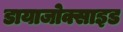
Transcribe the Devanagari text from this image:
डायाजोक्साइड